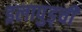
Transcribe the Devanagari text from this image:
इलापुड्ची